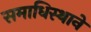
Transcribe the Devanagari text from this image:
समाधिस्थाने